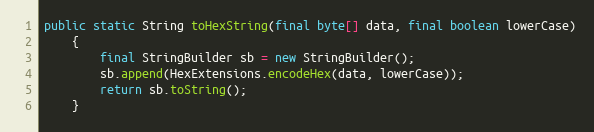
Language: Java
public static String toHexString(final byte[] data, final boolean lowerCase)
	{
		final StringBuilder sb = new StringBuilder();
		sb.append(HexExtensions.encodeHex(data, lowerCase));
		return sb.toString();
	}